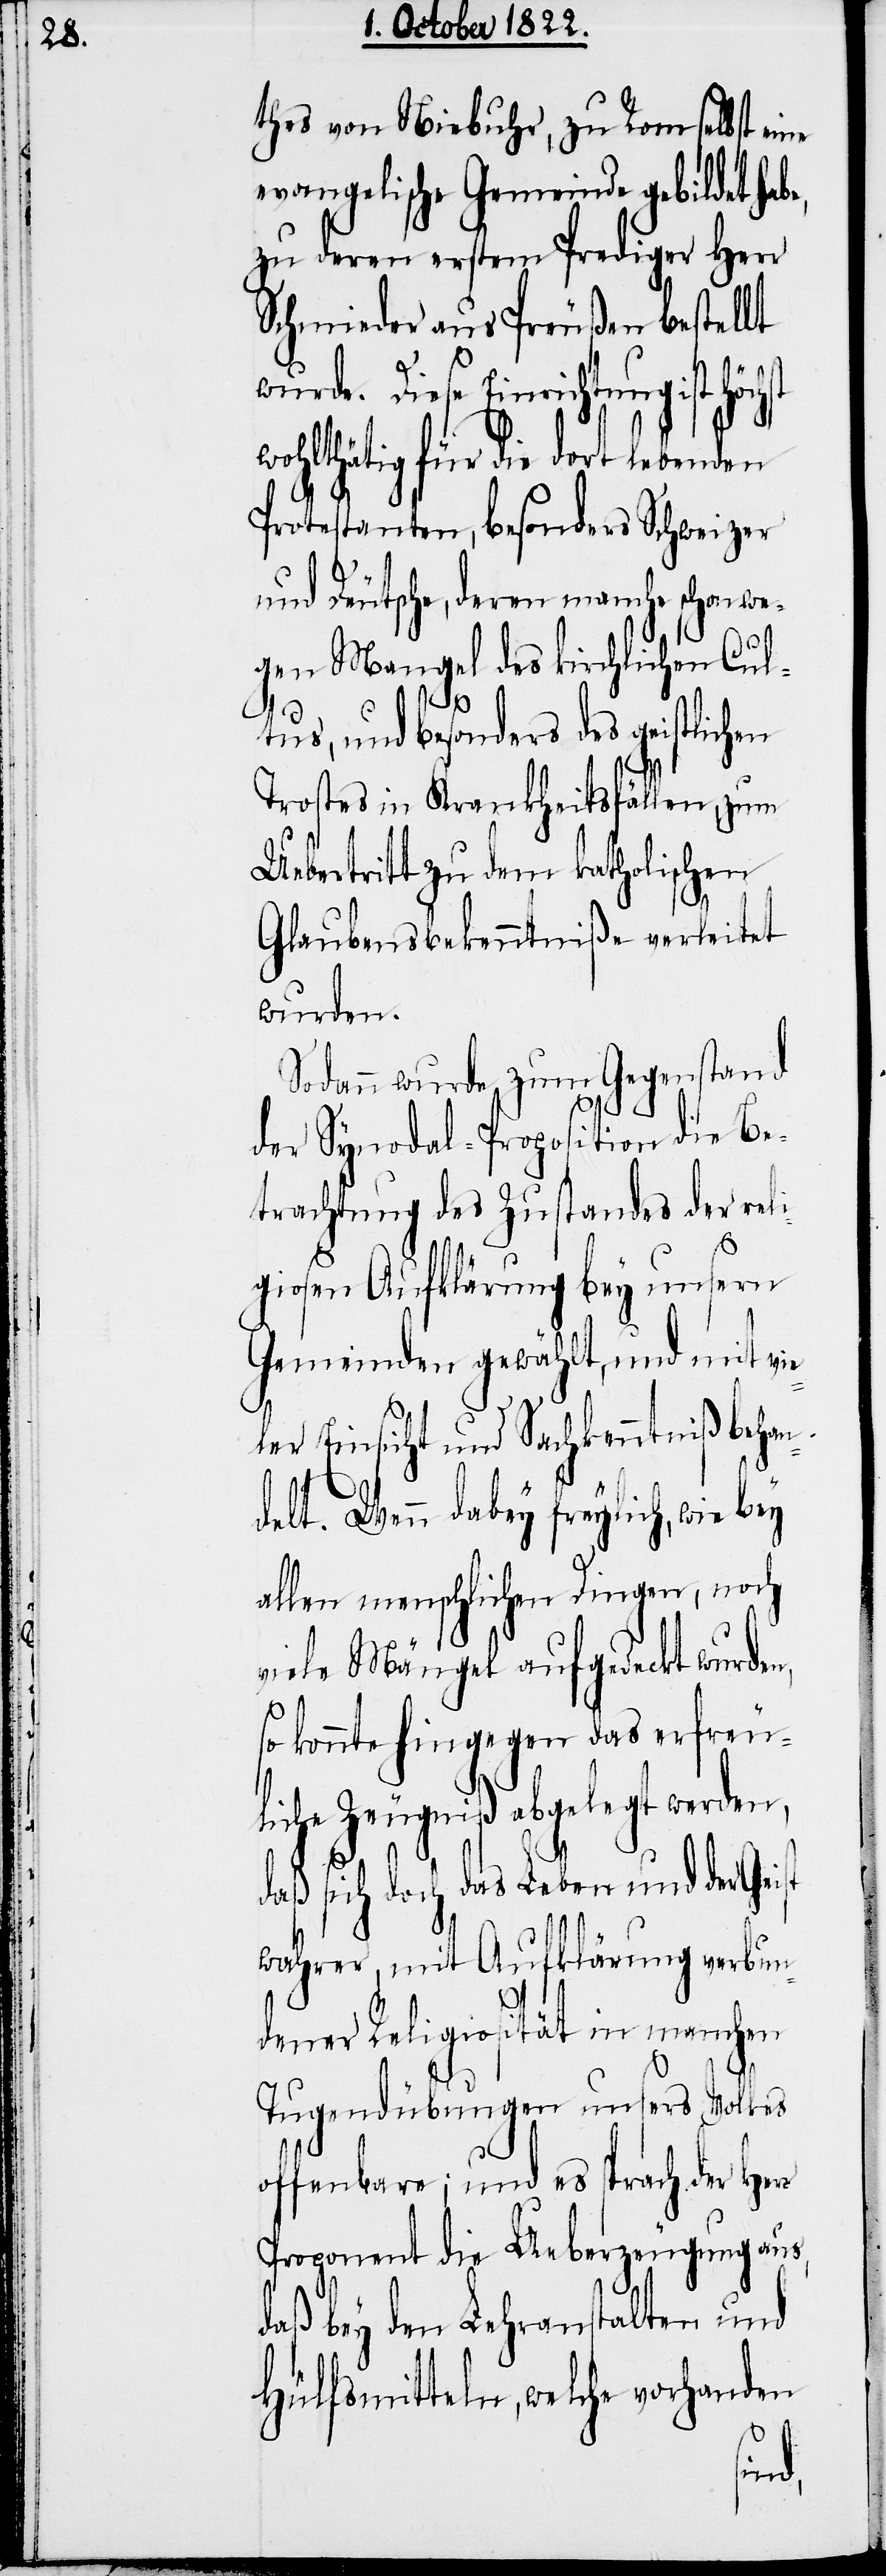
thes von Niebuhr, zu Rom selbst eine
evangelische Gemeinde gebildet hab¬
zu deren erstem Prediger Herr
Schmieder aus Preußen bestellt
wurde. Diese Einrichtung ist
wohlthätig für die dort lebenden
Protestanten, besonders Schweizer
und Deutsche, deren manche schon w¬
egen Mangel des kirchlichen Cul¬
tus, und besonders des geistlichen
Trostes in Krankheitsfällen, zum
Uebertritt zu dem katholischen
Glaubensbekenntniße verleitet
wurden.
Sodann wurde zum Gegenstand
e,
der Synodal-Proposition die Be¬
trachtung des Zustandes der reli¬
giosen Aufklärung bey unsern
Gemeinden gewählt, und mit vie¬
ler Einsicht und Sachkentnniß behan¬
delt. Wenn dabey freylich, wie bey
allen menschlichen Dingen, noch
viele Mängel aufgedeckt wurden,
so konnte hingegen das erfreu¬
liche Zeugniß abgelegt werden,
daß sich doch das Leben und der Geist
wahrer, mit Aufklärung verbun¬
dener Religiosität in manchen
Tugendübungen unsers Volkes
offenbare; und es sprach der Herr
Proponent die Ueberzeugung aus,
daß bey den Lehranstalten und
Hülfsmitteln, welche vorhanden